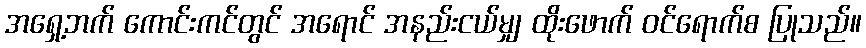
အရှေ့ဘက် ကောင်းကင်တွင် အရောင် အနည်းငယ်မျှ ထိုးဖောက် ဝင်ရောက်စ ပြုသည်။